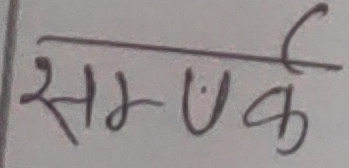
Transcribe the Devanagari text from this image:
सम्पर्क